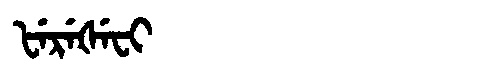
Manchu: ᡶᡝᡵᡝᡧᡝᠸᡳ
Romanization: FEREŠEFI